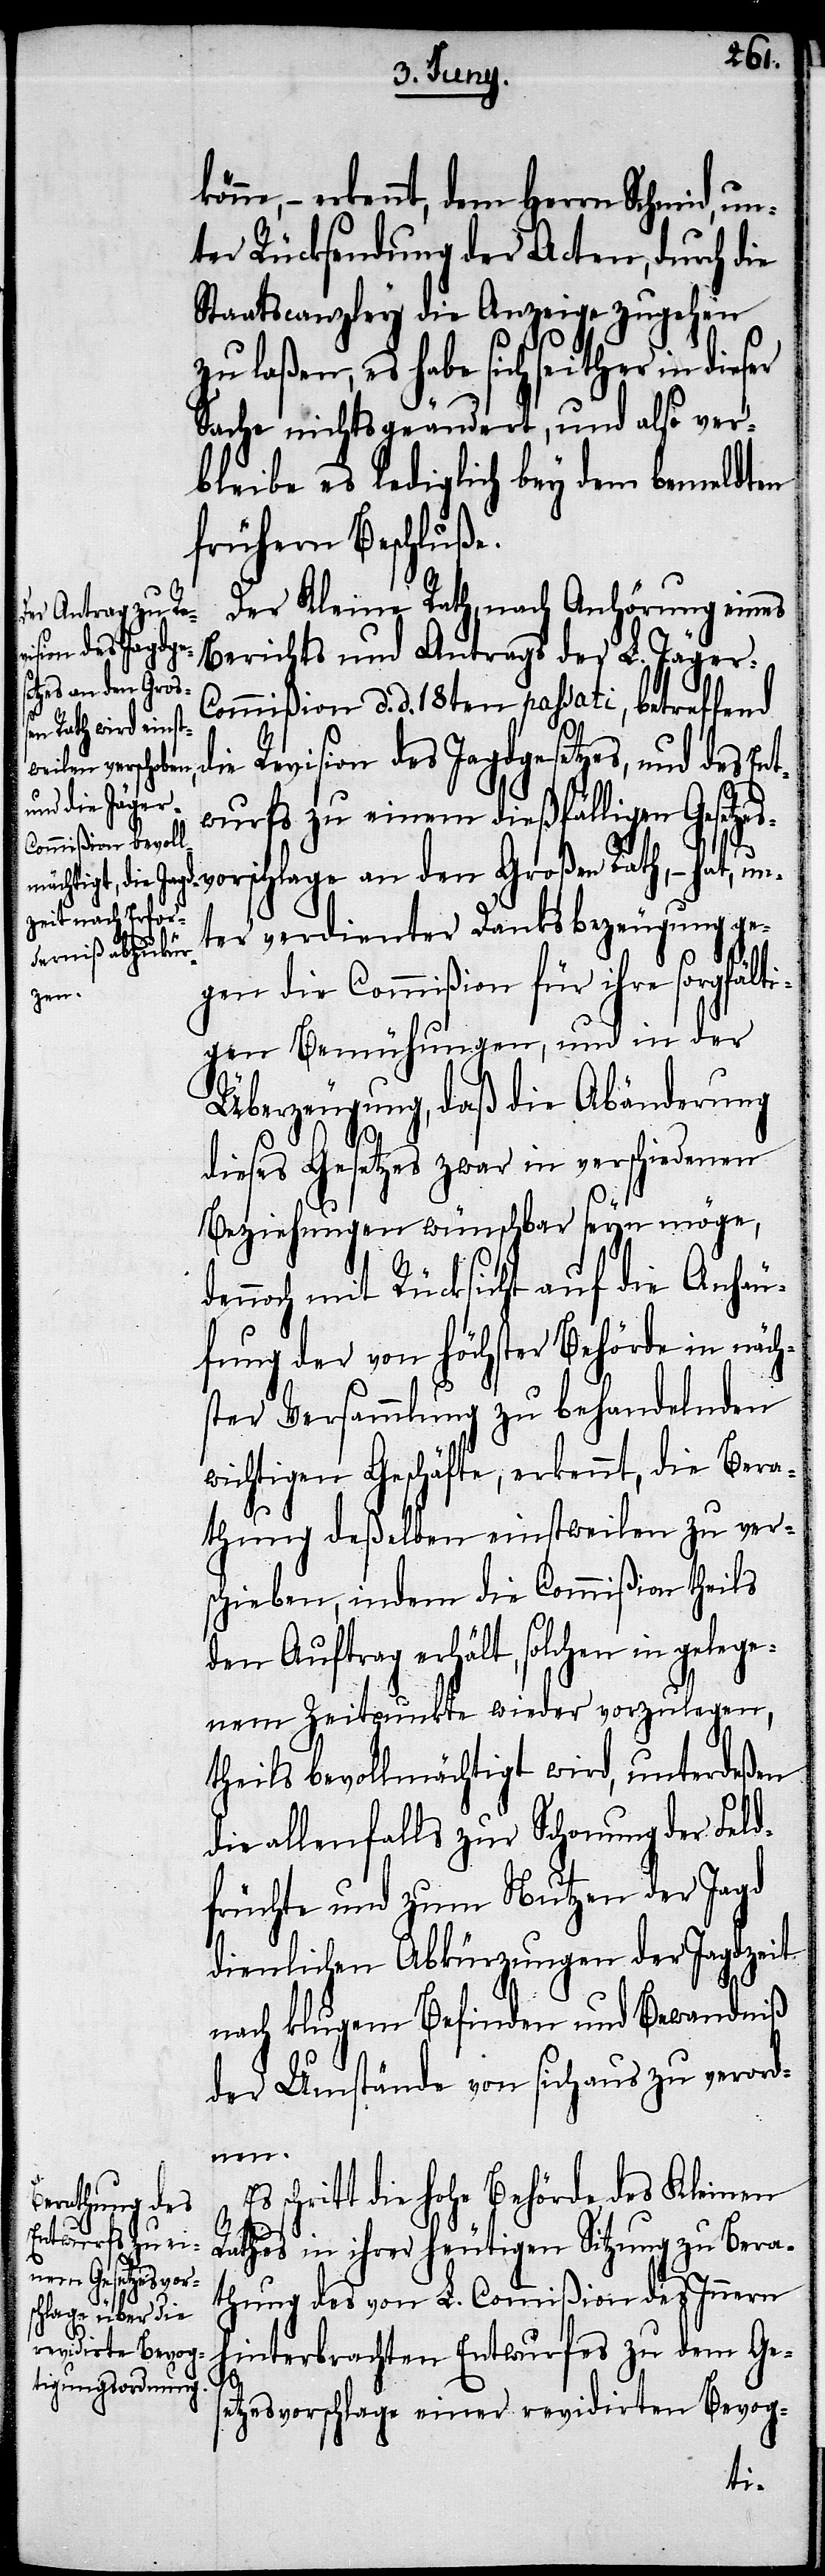
– erkennt, dem Herrn Schmid, un¬
ter Rücksendung der Acten, durch die
Staatscanzley die Anzeige zugehen
zu laßen, es habe sich seither in
Sache nichts geändert, und also ver¬
bleibe es lediglich bey dem bemeldten
frühern Beschluße.
Der Kleine Rath, nach Anhörung eines
Berichts und Antrags der L. Jäger-C¬
ommißion d. d. 18ten passati, betreffend
ie Revision des Jagdgesetzes, und des En¬
twurfs zu einem dießfälligen Gesetzes¬
vorschlage an den Großen Rath, – ha¬
ter verdienter Danksbezeugung ge¬
gen die Commißion für ihre sorgfälti¬
gen Bemühungen, und in der
Überzeugung, daß die Abänderung
dieses Gesetzes zwar in verschiedenen
Beziehungen wünschbar seyn möge,
dennoch mit Rücksicht auf die Anhäu¬
fung der von höchster Behörde in näch¬
ster Versammlung zu behandelnden
wichtigen Geschäfte, erkennt, die Bera¬
thung deßelben einstweilen zu ver¬
schieben, indem die Commißion theils
den Auftrag erhält, solchen in gelege¬
nem Zeitpunkte wieder vorzulegen,
un¬
theils bevollmächtigt wird, unterdeßen
die allenfalls zur Schonung der Feld¬
früchte und zum Nutzen der Jagd
dienlichen Abkürzungen der Jagdzeit
nach klugem Befinden und Bewandniß
der Umstände von sich aus zu verord¬
nen.
schritt die hohe Behörde des Kleinen
Rathes in ihrer heutigen Sitzung zu Bera¬
thung des von L. Commißion des hin¬
terbrachten Entwurfes zu dem Ges¬
etzesvorschlage einer revidirten Bevog-